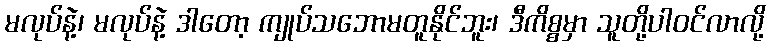
မလုပ်နဲ့၊ မလုပ်နဲ့ ဒါတော့ ကျုပ်သဘောမတူနိုင်ဘူး၊ ဒီကိစ္စမှာ သူတို့ပါဝင်လာလို့